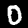
Digit: 0